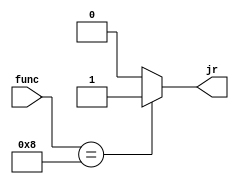
module jumpregister(func,jr) ;
input [5:0] func ;
output reg jr ;
always@(func)
begin
case(func)
8:jr<=1'b1 ;
default:jr<=1'b0 ;
endcase 
end
endmodule